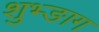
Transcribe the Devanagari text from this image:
शुभ्ङाग